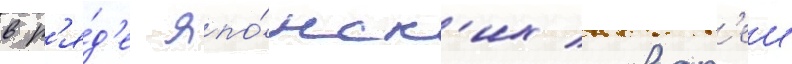
в р'я́д'е япо́нск'их словар'еи